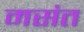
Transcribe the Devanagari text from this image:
मसंत